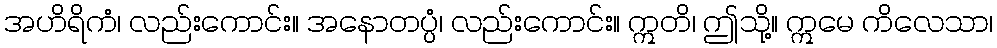
အဟိရိကံ၊ လည်းကောင်း။ အနောတပ္ပံ၊ လည်းကောင်း။ ဣတိ၊ ဤသို့။ ဣမေ ကိလေသာ၊